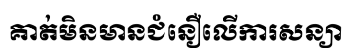
គាត់មិនមានជំនឿលើការសន្យា